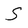
Character: S